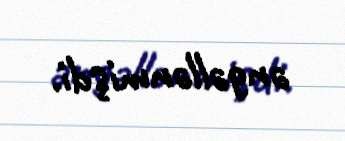
əngəllənmişdi.